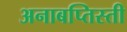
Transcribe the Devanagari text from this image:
अनाबप्तिस्ती